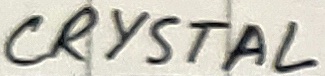
Text: CRYSTAL